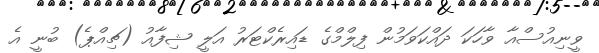
ވީނިއުސްއާ ވާހަކަ ދައްކަވަމުން ފިލްމްގެ ޑައިރެކްޓަރު އަލީ ޝިފާއު (ޗިއްޕެ) ބުނީ އެ